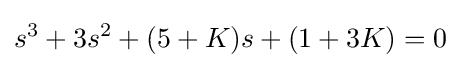
s^{3}+3s^{2}+(5+K)s+(1+3K)=0